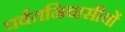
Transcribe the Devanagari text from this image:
पर्वतनिवासीयों